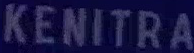
KENITRA